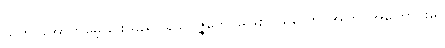
သတိ၊ အောက်မေ့ခြင်းသည်။ န ဥပ္ပဇ္ဇတေ၊ မဖြစ်။ ယတော၊ အကြင်အကြောင်းမှ။